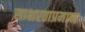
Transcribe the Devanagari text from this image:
साक्षरताप्रमाण